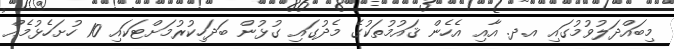
މިބައްދަލުވުމުގައި އ.ދ. އާއި އެހެން ޤައުމުތަކުގެ މެދުގައި ގުޅުން ބަދަހިކުރުމަށްޓަކައި 10 ހުށަހެޅުމެއް